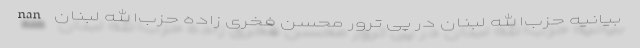
nan بیانیه حزب‌الله لبنان در پی ترور محسن فخری زاده حزب‌الله لبنان